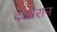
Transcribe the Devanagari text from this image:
दओरान